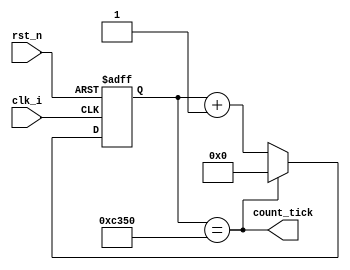
`timescale 1 ns/ 1 ps
//**********************************************************************************************************
//  Module Name			: Mod-m counter
//  Designer			: Inc
//  DoR				: Jul 2021
//  Revision History		: v1
//  Remarks			: sys clk - 48MHz
//                                default: 1ms-50000
//
//
//
//
//
//
//************************************************************************************************************
module mod_m_counter #(parameter COUNT = 50_000)(
  input wire clk_i,
  input wire rst_n,

  output wire count_tick
);



  reg [$clog2(COUNT):0] count_reg;
  reg [$clog2(COUNT):0] count_nxt;

  always @(posedge clk_i, negedge rst_n) begin
    if (!rst_n) begin
      count_reg  <= 'd0;
    end
    else begin
      count_reg  <= count_nxt;
    end	    
  end

  always @(*) begin
    if (count_reg == COUNT) begin
      count_nxt = 'd0;	   
    end
    else begin
      count_nxt = count_reg + 1'b1;	   
    end	    
  end	  

  assign count_tick = (count_reg == COUNT);

endmodule